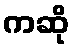
ကဆို